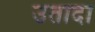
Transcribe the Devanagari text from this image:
उतादा